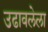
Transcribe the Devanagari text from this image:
उढावलेला